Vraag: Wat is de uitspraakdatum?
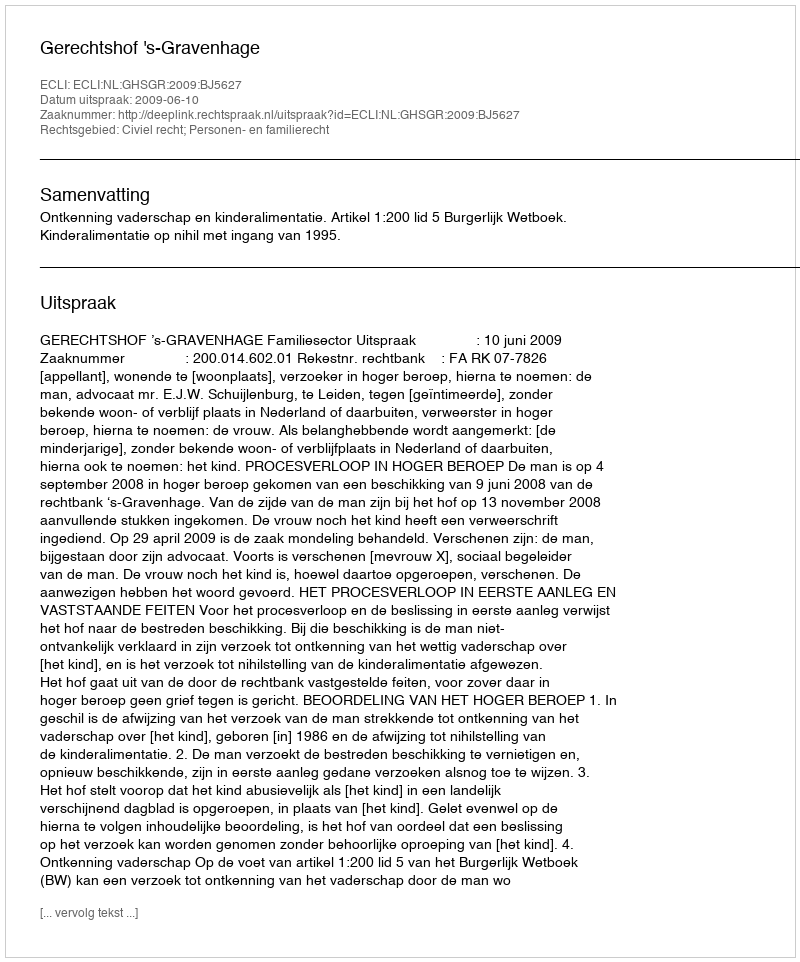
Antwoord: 2009-06-10